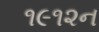
૧૯૧૨ન